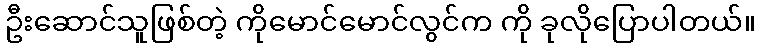
ဦးဆောင်သူဖြစ်တဲ့ ကိုမောင်မောင်လွင်က ကို ခုလိုပြောပါတယ်။